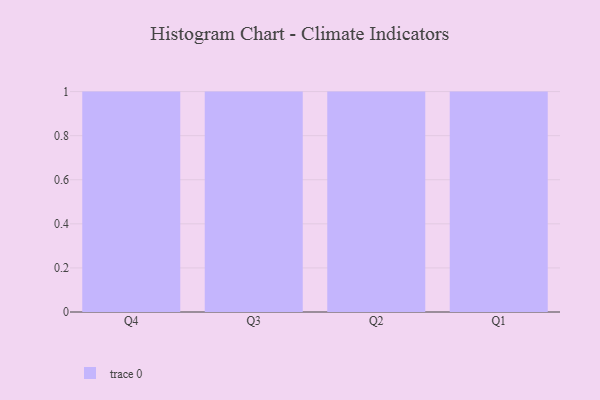
{"axis": {"x": "Quarter", "y": "Budget (USD K)"}, "legend": [""], "data": [{"x": "Q4", "y": 47, "type": ""}, {"x": "Q3", "y": 29, "type": ""}, {"x": "Q2", "y": 31, "type": ""}, {"x": "Q1", "y": 74, "type": ""}]}